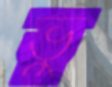
ভু